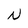
Character: N